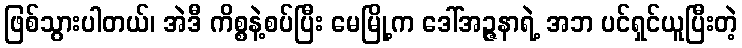
ဖြစ်သွားပါတယ်၊ အဲဒီ ကိစ္စနဲ့စပ်ပြီး မေမြို့က ဒေါ်အဉ္ဇနာရဲ့ အဘ ပင်ရှင်ယူပြီးတဲ့